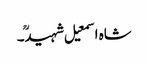
شاہ اسمعیل شہیدؒ۔